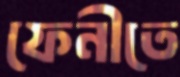
ফেনীতে